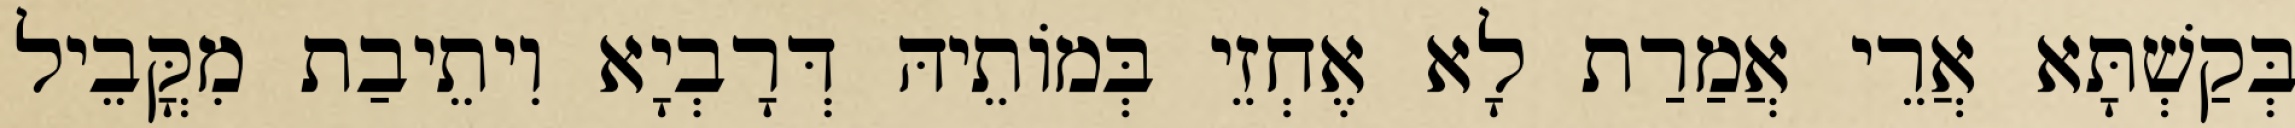
בְּקַשְׁתָּא אֲרֵי אֲמַרַת לָא אֶחְזֵי בְּמוֹתֵיהּ דְּרָבְיָא וִיתֵיבַת מִקֳּבֵיל